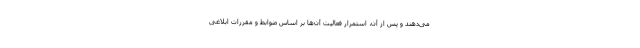
می‌دهند و پس از آن، استمرار فعالیت آن‌ها بر اساس ضوابط و مقررات ابلاغی